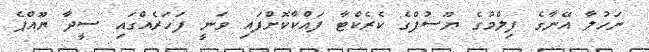
ނަހުލާ އޭނާގެ ފިލްމުގެ ޔޫސުފްގެ ކެރެކްޓާ ފައްކާކޮށްފައި ވަނީ ފަހަރެއްގައި ސީދާ ޔޫއްޕެ